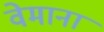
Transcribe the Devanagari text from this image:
वेमाना